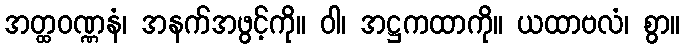
အတ္ထဝဏ္ဏနံ၊ အနက်အဖွင့်ကို။ ဝါ၊ အဋ္ဌကထာကို။ ယထာဗလံ၊ စွာ။